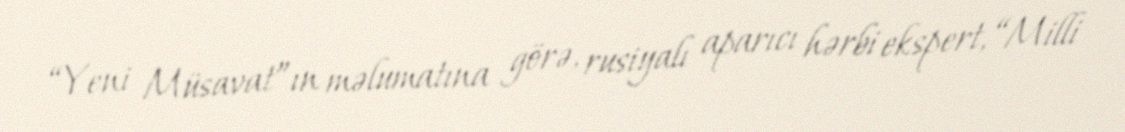
“Yeni Müsavat”ın məlumatına görə, rusiyalı aparıcı hərbi ekspert, “Milli